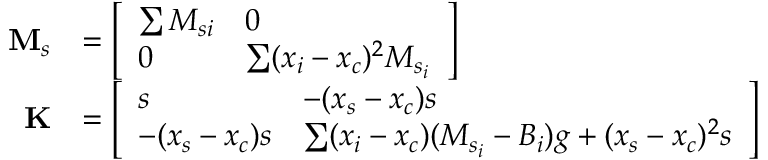
\begin{array} { r l } { \mathbf { M } _ { s } } & { = \left[ \begin{array} { l l } { \sum M _ { s i } } & { 0 } \\ { 0 } & { \sum ( x _ { i } - x _ { c } ) ^ { 2 } M _ { s _ { i } } } \end{array} \right] } \\ { \mathbf { K } } & { = \left[ \begin{array} { l l } { s } & { - ( x _ { s } - x _ { c } ) s } \\ { - ( x _ { s } - x _ { c } ) s } & { \sum ( x _ { i } - x _ { c } ) ( M _ { s _ { i } } - B _ { i } ) g + ( x _ { s } - x _ { c } ) ^ { 2 } s } \end{array} \right] } \end{array}